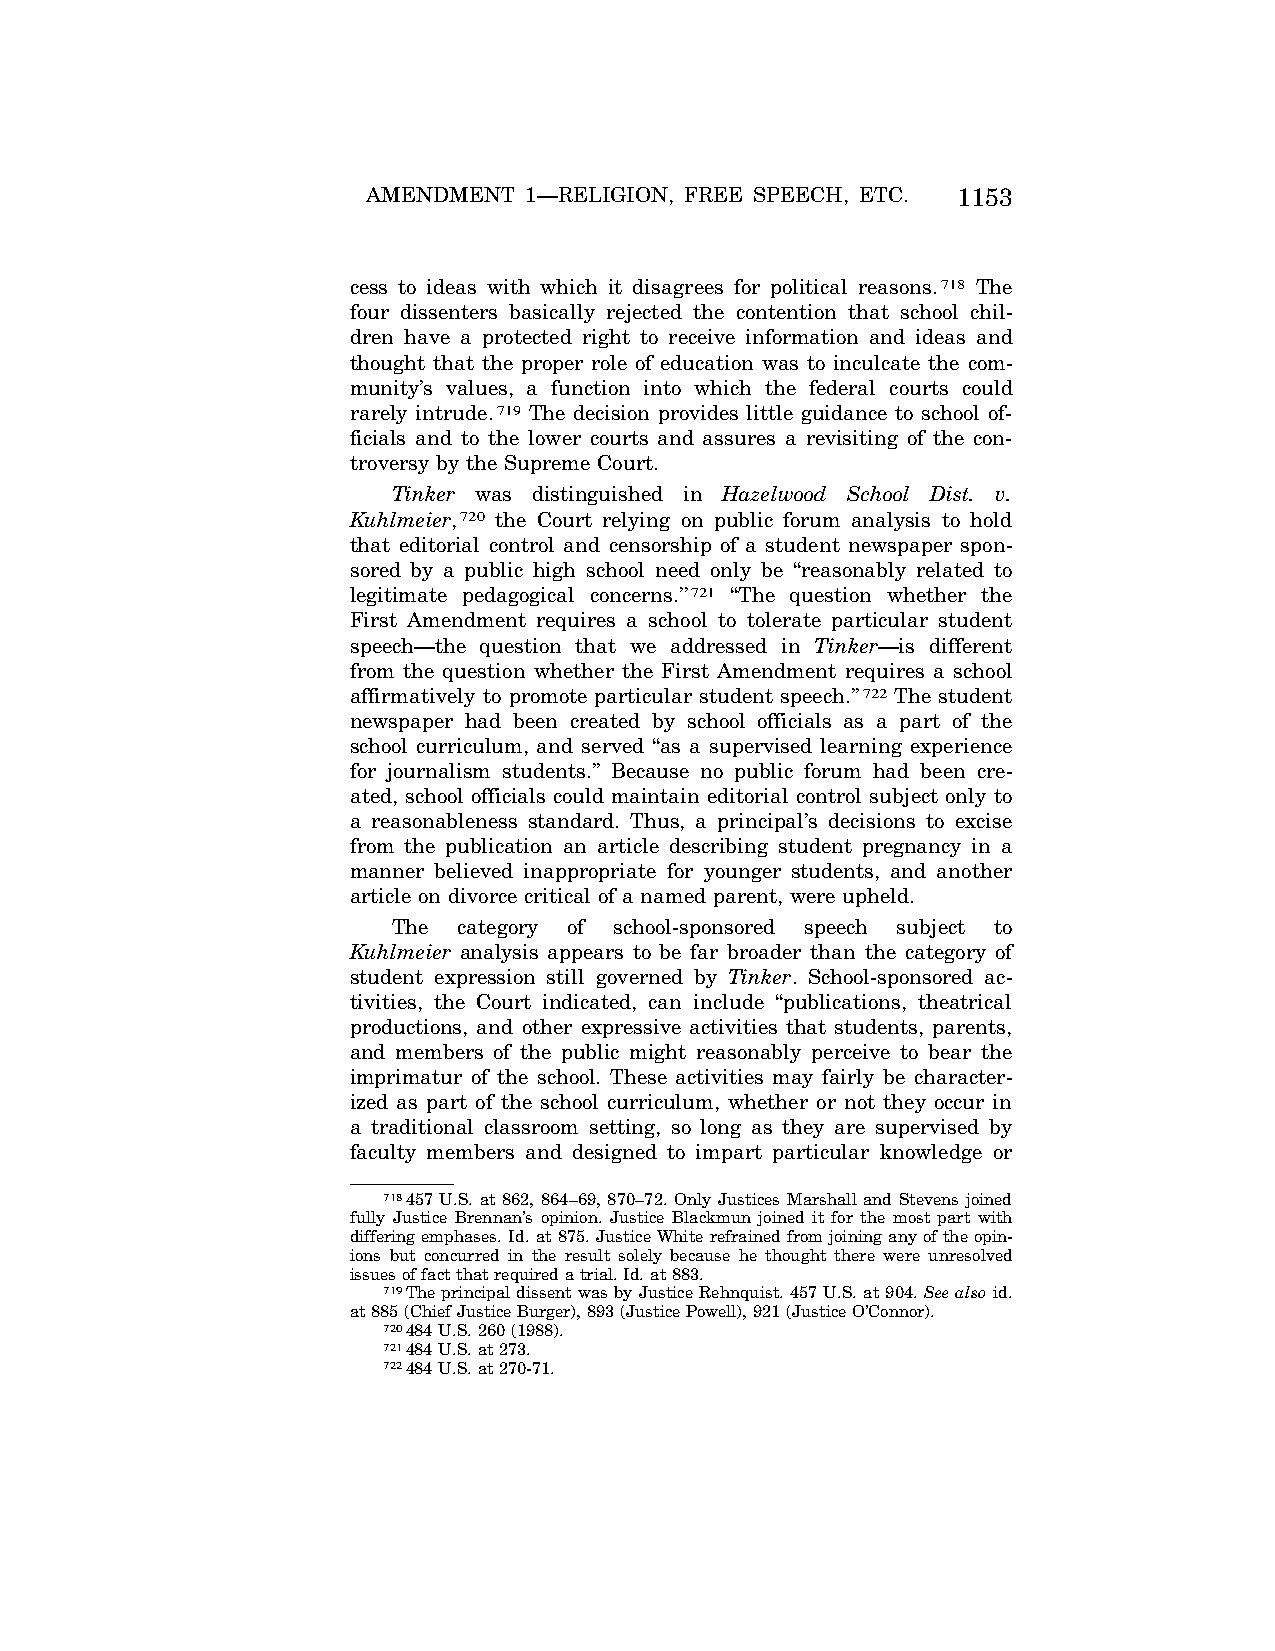
AMENDMENT  1—RELIGION, FREE SPEECH, ETC. 1153
 cess to ideas with which it disagrees for political reasons.718 The
 four dissenters basically rejected the contention that school chil-
 dren have a protected right to receive information and ideas and
 thought that the proper role of education was to inculcate the com-
 munity’s values, a function into which the federal courts could
 rarely intrude.719 The decision provides little guidance to school of-
 ficials and to the lower courts and assures a revisiting of the con-
 troversy by the Supreme Court.
 Tinker was distinguished in Hazelwood School Dist. v.
 Kuhlmeier,720 the Court relying on public forum analysis to hold
 that editorial control and censorship of a student newspaper spon-
 sored by a public high school need only be ‘‘reasonably related to
 legitimate pedagogical concerns.’’721 ‘‘The question whether the
 First Amendment requires a school to tolerate particular student
 speech—the question that we addressed in Tinker—is different
 from the question whether the First Amendment requires a school
 affirmatively to promote particular student speech.’’722 The student
 newspaper had been created by school officials as a part of the
 school curriculum, and served ‘‘as a supervised learning experience
 for journalism students.’’ Because no public forum had been cre-
 ated, school officials could maintain editorial control subject only to
 a reasonableness standard. Thus, a principal’s decisions to excise
 from the publication an article describing student pregnancy in a
 manner believed inappropriate for younger students, and another
 article on divorce critical of a named parent, were upheld.
 The category of school-sponsored speech subject to
 Kuhlmeier analysis appears to be far broader than the category of
 student expression still governed by Tinker. School-sponsored ac-
 tivities, the Court indicated, can include ‘‘publications, theatrical
 productions, and other expressive activities that students, parents,
 and members of the public might reasonably perceive to bear the
 imprimatur of the school. These activities may fairly be character-
 ized as part of the school curriculum, whether or not they occur in
 a traditional classroom setting, so long as they are supervised by
 faculty members and designed to impart particular knowledge or
 718457 U.S. at 862, 864–69, 870–72. Only Justices Marshall and Stevens joined
 fully Justice Brennan’s opinion. Justice Blackmun joined it for the most part with
 differing emphases. Id. at 875. Justice White refrained from joining any of the opin-
 ions but concurred in the result solely because he thought there were unresolved
 issues of fact that required a trial. Id. at 883.
 719The principal dissent was by Justice Rehnquist. 457 U.S. at 904. See also id.
 at 885 (Chief Justice Burger), 893 (Justice Powell), 921 (Justice O’Connor).
 720484 U.S. 260 (1988).
 721484 U.S. at 273.
 722484 U.S. at 270-71.
 VerDate Apr<15>2004 08:57 Jun 25, 2004 Jkt 077500 PO 00000 Frm 00141 Fmt 8222 Sfmt 8222 C:\CONAN\CON024.SGM PRFM99 PsN: CON024